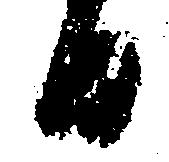
日